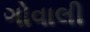
ગોવાલી